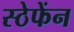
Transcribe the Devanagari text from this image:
स्ठेफेंन